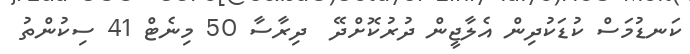
ކަނޑުމަސް ކުޑަކުދިން އެލާޖީން ދުރުކޮށްދޭ  ދިރާސާ 50 މިނެޓް 41 ސިކުންތު